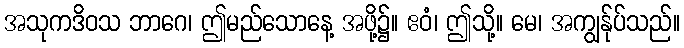
အသုကဒိဝသ ဘာဂေ၊ ဤမည်သောနေ့ အဖို့၌။ ဧဝံ၊ ဤသို့။ မေ၊ အကျွန်ုပ်သည်။